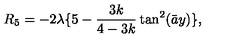
R _ { 5 } = - 2 \lambda \{ 5 - \frac { 3 k } { 4 - 3 k } \tan ^ { 2 } ( \bar { a } y ) \} ,